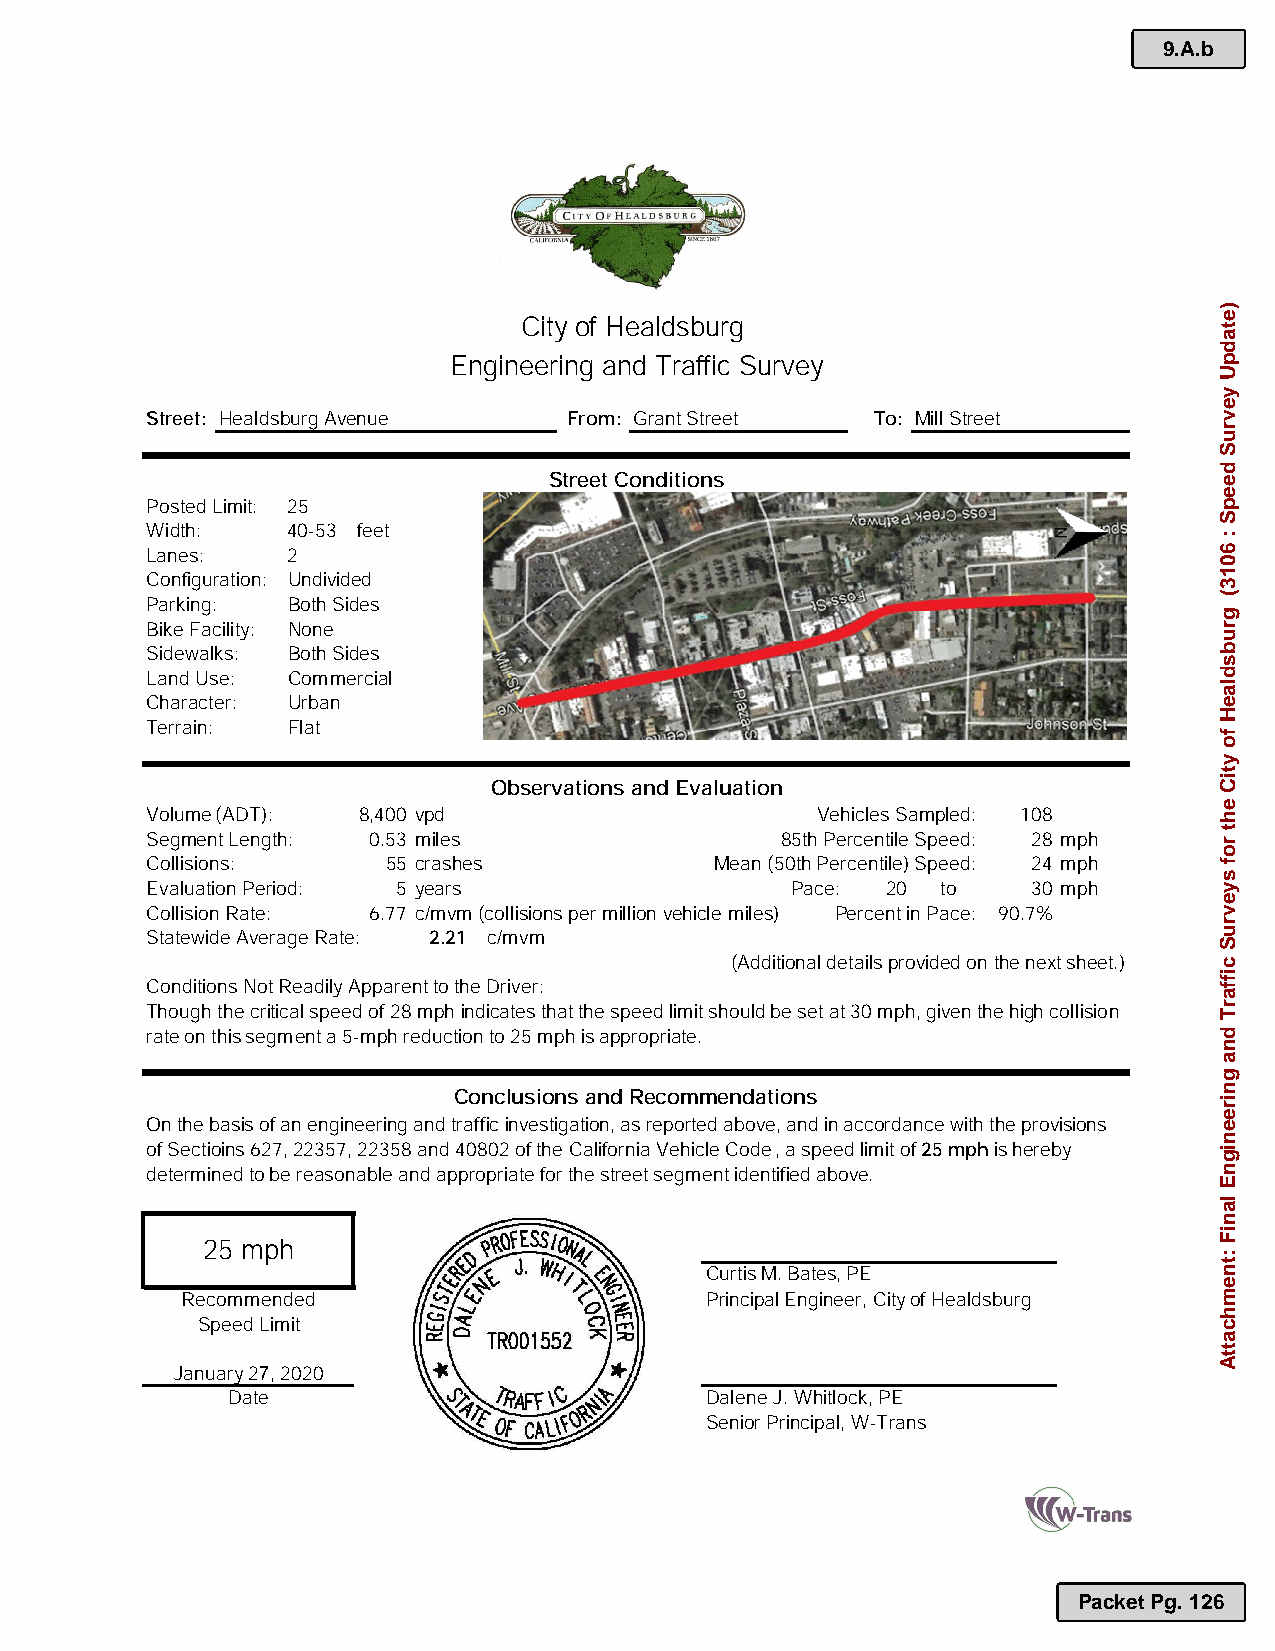
9.A.b
 City of Healdsburg
 Engineering and Traffic Survey
 Street: Healdsburg Avenue   From: Grant Street  To: Mill Street
 Street Conditions
 Posted Limit: 25
 Width:   40-53 feet
 Lanes:   2
 Configuration: Undivided
 Parking: Both Sides
 Bike Facility: None
 Sidewalks: Both Sides
 Land Use: Commercial
 Character: Urban
 Terrain: Flat
 Observations and Evaluation
 Volume (ADT): 8,400 vpd                     Vehicles Sampled: 108
 Segment Length: 0.53 miles                85th Percentile Speed: 28 mph
 Collisions:     55 crashes           Mean (50th Percentile) Speed: 24 mph
 Evaluation Period: 5 years                Pace:  20 to    30 mph
 Collision Rate: 6.77 c/mvm(collisions per million vehicle miles) Percent in Pace: 90.7%
 Statewide Average Rate: 2.21 c/mvm
 (Additional detailsprovided on the next sheet.)
 Conditions Not Readily Apparent to the Driver:
 Though the critical speed of 28 mph indicates that the speed limit should be set at 30 mph, given the high collision
 rate on this segment a 5-mph reduction to 25 mph is appropriate.
 Conclusions and Recommendations
 On the basis of an engineering and traffic investigation, as reported above, and in accordance withthe provisions
 of Sectioins 627,22357, 22358 and 40802 of the California Vehicle Code, a speed limit of 25 mphis hereby
 determined to be reasonable and appropriate for the street segment identified above.
 25 mph
 Curtis M. Bates, PE
 Recommended                        Principal Engineer, Cityof Healdsburg
 Speed Limit
 January2 ,2020
 Date                            Dalene J.Whitlock,PE
 Senior Principal, W-Trans
 Packet Pg. 126
 )etadpU
 yevruS
 deepS
 :
 6013(
 grubsdlaeH
 fo
 ytiC
 eht
 rof
 syevruS
 ciffarT
 dna
 gnireenignE
 laniF
 :tnemhcattA